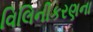
વિલિનીકરણના